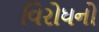
વિરોધનો